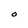
Character: O